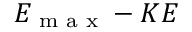
E _ { \textrm { m a x } } - K E